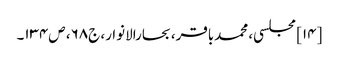
[۱۴] مجلسی، محمدباقر، بحارالانوار، ج۶۸، ص۱۳۴۔